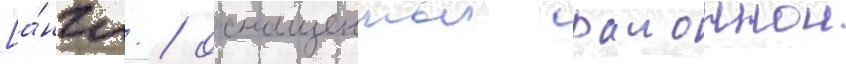
[а́нгл. / оснащенныи раионнои